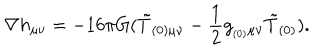
LaTeX: \nabla h _ { \mu \nu } = - 1 6 \pi G ( \tilde { T } _ { ( 0 ) \mu \nu } - \frac { 1 } { 2 } g _ { _ { ( 0 ) } \mu \nu } \tilde { T } _ { ( 0 ) } ) .